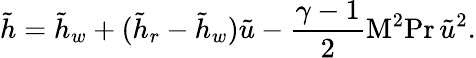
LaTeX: {\tilde{h}}={\tilde{h}}_{w}+({\tilde{h}}_{r}-{\tilde{h}}_{w}){\tilde{u}}-{\frac{\gamma-1}{2}}\mathrm{M}^{2}\mathrm{Pr}\, {\tilde{u}}^{2}.